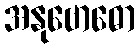
အနုဗောဓော